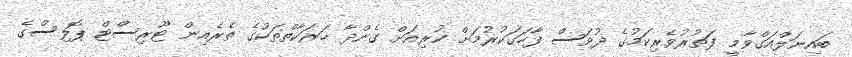
ބައިނަލްއަގްވާމީ ފަތުރުވެރިކަމުގެ ދުވަސް ފާހަގަކުރުމަށް ކުރިއަށް ގެންދާ ހަރަކާތްތަކުގެ ތެރެއިން ޓޫރިސްޓް ޕޮލިސްގެ